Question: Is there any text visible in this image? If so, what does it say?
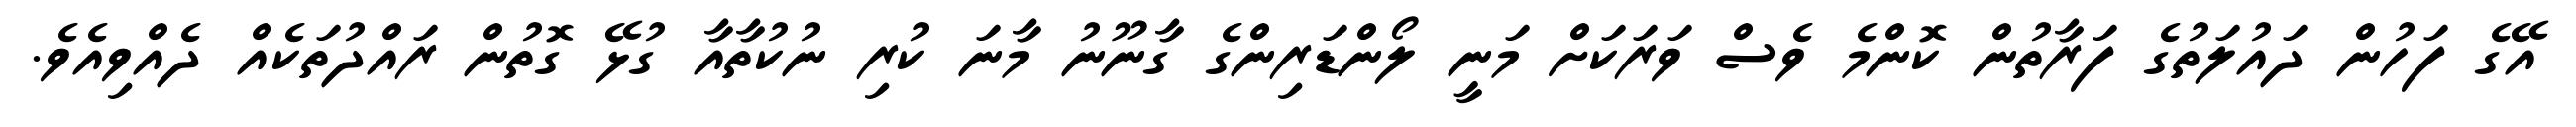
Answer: އޭގެ ފަހުން ދައުލަތުގެ ފަރާތުން ކޮންމެ ވެސް ވަރަކަށް މަނީ ލޯންޑަރިންގެ ގާނޫނު މާނަ ކުރި ނުކުތާއާ ގުޅޭ ގޮތުން ރައްދުތަކެއް ދެއްވިއެވެ.